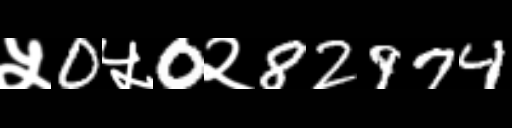
Text: ५0५0२82974